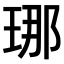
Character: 𤥶